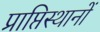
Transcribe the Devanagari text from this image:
प्राप्तिस्थानों